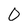
Character: 0